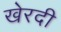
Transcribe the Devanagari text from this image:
खेरदी